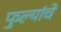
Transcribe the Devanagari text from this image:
फुल्यांचे